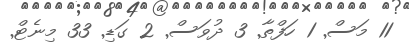
11 މަސް